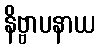
နိဗ္ဗာပနာယ